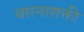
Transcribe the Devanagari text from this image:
धारनाशक्ती